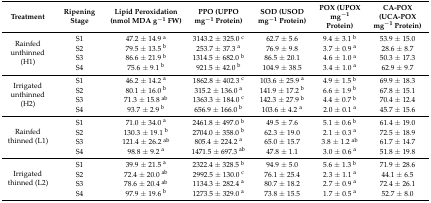
<table><thead><tr><td><b>Treatment</b></td><td><b>Ripening Stage</b></td><td><b>Lipid Peroxidation (nmol MDA g<sup>−1</sup> FW)</b></td><td><b>PPO (UPPO mg<sup>−1</sup> Protein)</b></td><td><b>SOD (USOD mg<sup>−1</sup> Protein)</b></td><td><b>POX (UPOX mg<sup>−1</sup> Protein)</b></td><td><b>CA-POX (UCA-POX mg<sup>−1</sup> Protein)</b></td></tr></thead><tbody><tr><td rowspan="4">Rainfed unthinned (H1)</td><td>S1</td><td>47.2 ± 14.9 <sup>a</sup></td><td>3143.2 ± 325.0 <sup>c</sup></td><td>62.7 ± 5.6</td><td>9.4 ± 3.1 <sup>b</sup></td><td>53.9 ± 15.0</td></tr><tr><td>S2</td><td>79.5 ± 13.5 <sup>b</sup></td><td>253.7 ± 37.3 <sup>a</sup></td><td>76.9 ± 9.8</td><td>3.7 ± 0.9 <sup>a</sup></td><td>28.6 ± 8.7</td></tr><tr><td>S3</td><td>86.6 ± 21.9 <sup>b</sup></td><td>1314.5 ± 682.0 <sup>b</sup></td><td>86.5 ± 20.1</td><td>4.6 ± 1.0 <sup>a</sup></td><td>50.3 ± 17.3</td></tr><tr><td>S4</td><td>75.6 ± 9.1 <sup>b</sup></td><td>921.5 ± 42.0 <sup>b</sup></td><td>104.9 ± 38.5</td><td>3.4 ± 1.0 <sup>a</sup></td><td>62.9 ± 9.7</td></tr><tr><td rowspan="4">Irrigated unthinned (H2)</td><td>S1</td><td>46.2 ± 14.2 <sup>a</sup></td><td>1862.8 ± 402.3 <sup>c</sup></td><td>103.6 ± 25.9 <sup>a</sup></td><td>4.9 ± 1.5 <sup>b</sup></td><td>69.9 ± 18.3</td></tr><tr><td>S2</td><td>80.1 ± 16.0 <sup>b</sup></td><td>315.2 ± 136.0 <sup>a</sup></td><td>141.9 ± 17.2 <sup>b</sup></td><td>6.6 ± 1.9 <sup>b</sup></td><td>67.8 ± 15.1</td></tr><tr><td>S3</td><td>71.3 ± 15.8 <sup>ab</sup></td><td>1363.3 ± 184.0 <sup>c</sup></td><td>142.3 ± 27.9 <sup>b</sup></td><td>4.4 ± 0.7 <sup>b</sup></td><td>70.4 ± 12.4</td></tr><tr><td>S4</td><td>93.7 ± 2.9 <sup>b</sup></td><td>656.9 ± 166.0 <sup>b</sup></td><td>103.6 ± 4.2 <sup>a</sup></td><td>2.0 ± 0.1 <sup>a</sup></td><td>45.7 ± 15.6</td></tr><tr><td rowspan="4">Rainfed thinned (L1)</td><td>S1</td><td>71.0 ± 34.0 <sup>a</sup></td><td>2461.8 ± 497.0 <sup>b</sup></td><td>49.5 ± 7.6</td><td>5.1 ± 0.6 <sup>b</sup></td><td>61.4 ± 19.0</td></tr><tr><td>S2</td><td>130.3 ± 19.1 <sup>b</sup></td><td>2704.0 ± 358.0 <sup>b</sup></td><td>62.3 ± 19.0</td><td>2.1 ± 0.3 <sup>a</sup></td><td>72.5 ± 18.9</td></tr><tr><td>S3</td><td>121.4 ± 26.2 <sup>ab</sup></td><td>805.4 ± 224.2 <sup>a</sup></td><td>65.0 ± 15.7</td><td>3.8 ± 1.2 <sup>ab</sup></td><td>61.7 ± 14.7</td></tr><tr><td>S4</td><td>98.8 ± 9.2 <sup>a</sup></td><td>1471.5 ± 697.3 <sup>ab</sup></td><td>47.8 ± 1.1</td><td>3.0 ± 0.6 <sup>a</sup></td><td>51.8 ± 19.8</td></tr><tr><td rowspan="4">Irrigated thinned (L2)</td><td>S1</td><td>39.9 ± 21.5 <sup>a</sup></td><td>2322.4 ± 328.5 <sup>b</sup></td><td>94.9 ± 5.0</td><td>5.6 ± 1.3 <sup>b</sup></td><td>71.9 ± 28.6</td></tr><tr><td>S2</td><td>72.4 ± 20.0 <sup>ab</sup></td><td>2992.5 ± 130.0 <sup>c</sup></td><td>76.1 ± 25.4</td><td>2.3 ± 1.1 <sup>a</sup></td><td>44.1 ± 6.5</td></tr><tr><td>S3</td><td>78.6 ± 20.4 <sup>ab</sup></td><td>1134.3 ± 282.4 <sup>a</sup></td><td>80.7 ± 18.2</td><td>2.7 ± 0.9 <sup>a</sup></td><td>72.4 ± 26.1</td></tr><tr><td>S4</td><td>97.9 ± 19.6 <sup>b</sup></td><td>1273.5 ± 329.0 <sup>a</sup></td><td>73.8 ± 15.5</td><td>1.7 ± 0.5 <sup>a</sup></td><td>52.7 ± 8.0</td></tr></tbody></table>